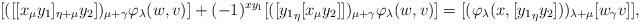
LaTeX: \begin{align*}[([[x_\mu {y_1}]_{\eta+\mu} y_2])_{\mu+\gamma} \varphi_{\lambda}(w, v)]+(-1)^{xy_1}[([{y_1}_\eta[x_\mu y_2]])_{\mu+\gamma} \varphi_{\lambda}(w, v)] = [(\varphi_\lambda(x, [{y_1}_\eta y_2]))_{\lambda+\mu}[w_\gamma v]],\end{align*}